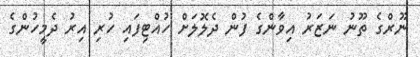
ނޫރްގެ ތޫނު ނަޒަރު އިވާންގެ ފުން ދެލޮލަށް ހުއްޓިފައި ހުރި އިރު ދެމީހުންގެ